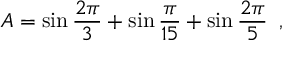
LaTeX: A = \sin \frac { 2 \pi } { 3 } + \sin \frac { \pi } { 1 5 } + \sin \frac { 2 \pi } { 5 } \, \, \, ,